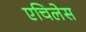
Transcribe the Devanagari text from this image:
एचिलेस